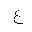
Letter: _ayn